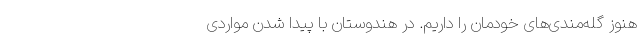
هنوز گله‌مندی‌های خودمان را داریم. در هندوستان با پیدا شدن مواردی